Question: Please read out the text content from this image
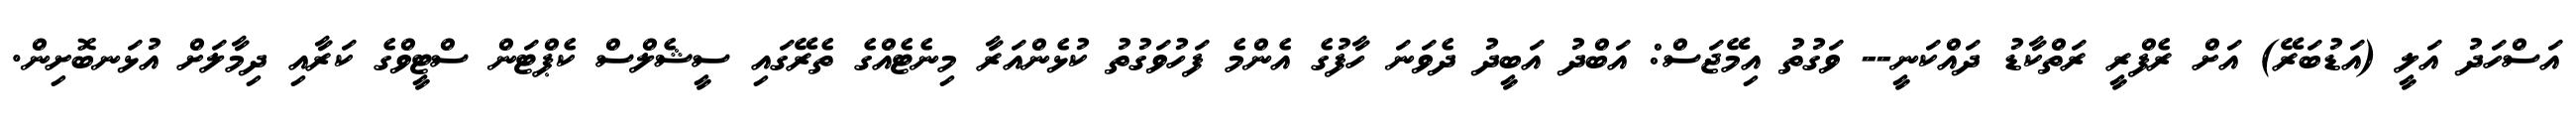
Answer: އަސްހަދު އަލީ (އަޑުބަރޭ) އަށް ރެފްރީ ރަތްކާޑު ދައްކަނީ-- ވަގުތު އިމޭޖަސް: އަބްދު އަބީދު ދެވަނަ ހާފުގެ އެންމެ ފަހުވަގުތު ކުޅެންއަރާ މިނެޓެއްގެ ތެރޭގައި ސީޝެލްސް ކެޕްޓަން ސްޓީވްގެ ކަރާއި ދިމާލަށް އުޅަނބޮށިން.